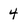
Character: 4